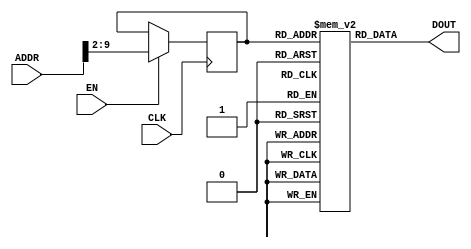
module Rom(input wire CLK,EN,
           input wire[31:0] ADDR,
           output wire[31:0] DOUT);

    reg[31:0] mem[255:0];
    reg[7:0] RGADDR;

    always @(posedge CLK)begin
        if(EN)RGADDR[7:0]<=ADDR[9:2];
    end

    assign DOUT=mem[RGADDR];

    initial begin
        mem[0] =32'h40000113;  //li sp,1024
        mem[1] =32'hfe010113;  //addi sp,sp,-32
        mem[2] =32'h00812e23;  //sw s0,28(sp)
        mem[3] =32'h02010413;  //addi s0,sp,32
        mem[4] =32'hfe042623;  //sw zero,-20(s0)
        mem[5] =32'hfe042423;  //sw zero,-24(s0)
        mem[6] =32'h0200006f;  //j 38<.L2>
        mem[7] =32'hfec42703;  //lw a4,-20(s0)
        mem[8] =32'hfe842783;  //lw a5,-24(s0)
        mem[9] =32'h00f707b3;  //add a5,a4,a5
        mem[10]=32'hfef42623;  //sw a5,-20(s0)
        mem[11]=32'hfe842783;  //lw a5,-24(s0)
        mem[12]=32'h00178793;  //addi a5,a5,1
        mem[13]=32'hfef42423;  //sw a5,-24(s0)
        mem[14]=32'hfe842703;  //lw a4,-24(s0)
        mem[15]=32'h00900793;  //li a5,9
        mem[16]=32'hfce7dee3;  //bge a5,a4,1c<.L3>
        mem[17]=32'h00000793;  //li a5,0
        mem[18]=32'h00078513;  //mv a0,a5
        mem[19]=32'h01c12403;  //lw s0,28(sp)
        mem[20]=32'h02010113;  //addi sp,sp,32
        mem[21]=32'h00000013;  //nop
        mem[22]=32'h00000013;  //nop
        mem[23]=32'h00000013;  //nop
        mem[24]=32'h00000013;  //nop
    end

endmodule